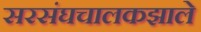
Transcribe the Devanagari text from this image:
सरसंघचालकझाले